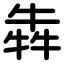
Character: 犇